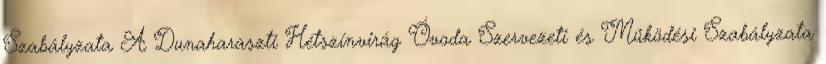
Szabályzata A Dunaharaszti Hétszínvirág Óvoda Szervezeti és Működési Szabályzata